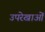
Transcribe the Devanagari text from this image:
उपरेखाओं